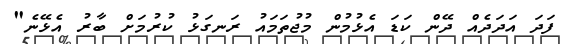
ފަދަ އަދަދެއް ދޭން ކަޑަ އެޅުމުން މުޖުތަމައު ރަނގަޅު ކުރުމަށް ބާރު އެޅޭނެ"